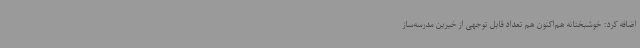
اضافه کرد: خوشبختانه هم‌اکنون هم تعداد قابل توجهی از خیرین مدرسه‌ساز